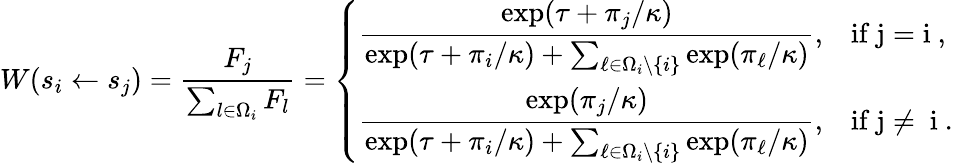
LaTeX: W(s_{i}\gets s_{j})=\frac{F_{j}}{\sum_{l\in\Omega_{i}}F_{l}}=\left\{ \begin{array}{ll}{\displaystyle{\frac{\exp(\tau+\pi_{j}/\kappa)}{\exp(\tau+\pi_{i}/\kappa)+\sum_{\ell\in\Omega_{i}\backslash\{ i\} }\exp(\pi_{\ell}/\kappa)}},}&{\mathrm{if~j=i~,}}\\ {\displaystyle{\frac{\exp(\pi_{j}/\kappa)}{\exp(\tau+\pi_{i}/\kappa)+\sum_{\ell\in\Omega_{i}\backslash\{ i\} }\exp(\pi_{\ell}/\kappa)}},}&{\mathrm{if~j\neq~i~.}}\end{array}\right.